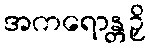
အကရောန္တဉှိ